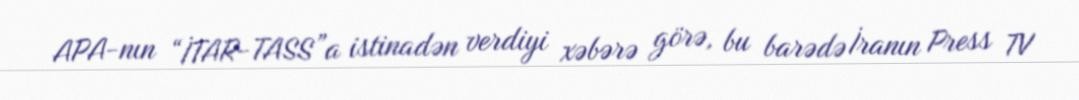
APA-nın “İTAR-TASS”a istinadən verdiyi xəbərə görə, bu barədə İranın Press TV